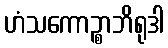
ဟံသကောဉ္စာဘိရုဒါ